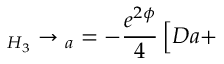
\L _ { H _ { 3 } } \to \L _ { a } = - \frac { e ^ { 2 \phi } } { 4 } \, \Big [ D a +